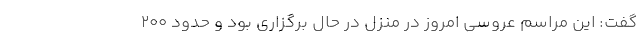
گفت: این مراسم عروسی امروز در منزل در حال برگزاری بود و حدود ۲۰۰